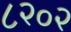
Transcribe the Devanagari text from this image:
८२०२